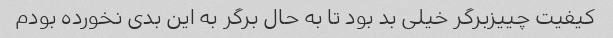
کیفیت چییزبرگر خیلی بد بود تا به حال برگر به این بدی نخورده بودم